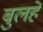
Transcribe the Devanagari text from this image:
बुलहे